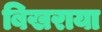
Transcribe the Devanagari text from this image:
बिखराया